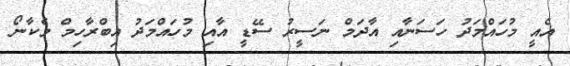
އެއީ މުހައްމަދު ހަސަނާއި އާދަމް ނަސީރު ސޭޑީ އާއި މުހައްމަދު އިބްރާހިމް މެކާނޯ